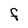
Character: F